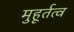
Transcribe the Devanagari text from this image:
मुहूर्तत्व